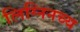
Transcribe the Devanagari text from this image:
लिग्निनच्य